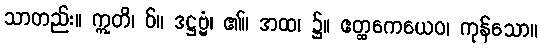
သာတည်း။ ဣတိ၊ ဝ်။ ဒဋ္ဌဗ္ဗံ၊ ၏။ အထ၊ ၌။ ဧတ္ထကေယေဝ၊ ကုန်သော။